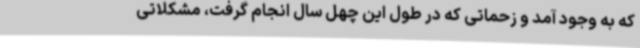
که به وجود آمد و زحماتی که در طول این چهل سال انجام گرفت، مشکلاتی